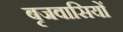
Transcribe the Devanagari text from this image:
बृजवासियों